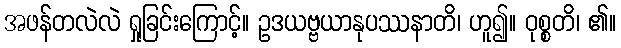
အဖန်တလဲလဲ ရှုခြင်းကြောင့်။ ဥဒယဗ္ဗယာနုပဿနာတိ၊ ဟူ၍။ ဝုစ္စတိ၊ ၏။